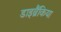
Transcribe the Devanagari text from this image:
डाइब्रैंकिया